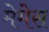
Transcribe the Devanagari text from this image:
मेमेस